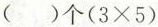
（ ）个 $$ （3 \times 5 ）$$